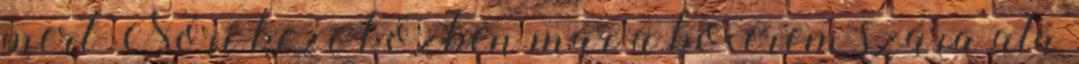
mert Nóri keze közben már a boxerem szára alá